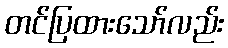
တင်ပြထားသော်လည်း